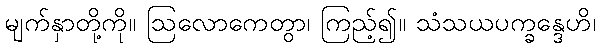
မျက်နှာတို့ကို။ ဩလောကေတွာ၊ ကြည့်၍။ သံသယပက္ခန္ဒေဟိ၊